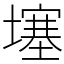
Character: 𡑮